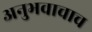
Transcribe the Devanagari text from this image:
अनुभवाचाच